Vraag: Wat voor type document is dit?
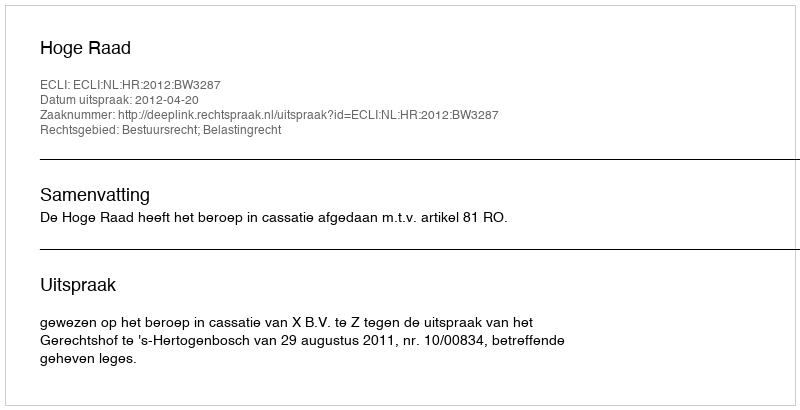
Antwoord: Uitspraak